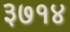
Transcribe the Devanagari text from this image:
३७१४